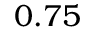
0 . 7 5